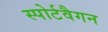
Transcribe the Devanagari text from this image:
स्पोर्टवैगन